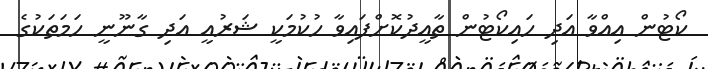
ކޯޓުން އިއްވާ އަދި ހައިކޯޓުން ތާއީދުކޮށްފައިވާ ހުކުމަކީ ޝަރުއީ އަދި ގާނޫނީ ހަމަތަކުގެ